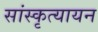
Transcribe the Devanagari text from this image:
सांस्कृत्यायन